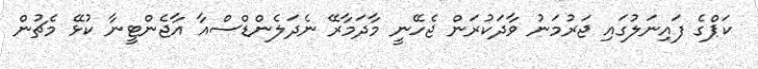
ކަޕްގެ ފައިނަލުގައި ޖަރުމަނު ވާދަކުރަން ޖެހޭނީ މާދަމާރޭ ނެދަލެންޑްސްއާ އާޖެންޓީނާ ކުޅޭ މެޗުން